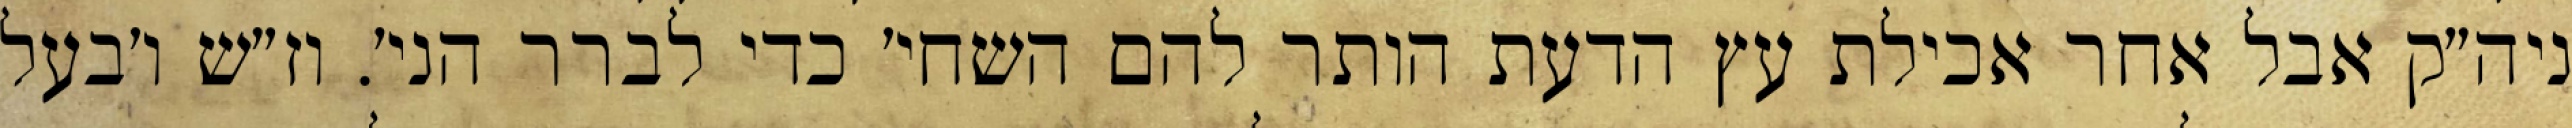
ניה״ק אבל אחר אכילת עץ הדעת הותר להם השחי׳ כדי לברר הני׳. וז״ש ו׳בעל